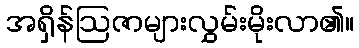
အရှိန်ဩဇာများလွှမ်းမိုးလာ၏။